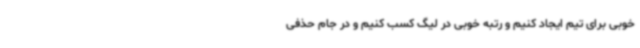
خوبی برای تیم ایجاد کنیم و رتبه خوبی در لیگ کسب کنیم و در جام حذفی